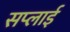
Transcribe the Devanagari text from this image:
सप्‍लाई